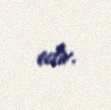
edir.